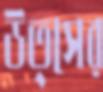
উত্সের